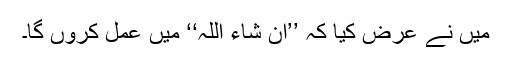
میں نے عرض کیا کہ ’’ان شاء اللہ‘‘ میں عمل کروں گا۔